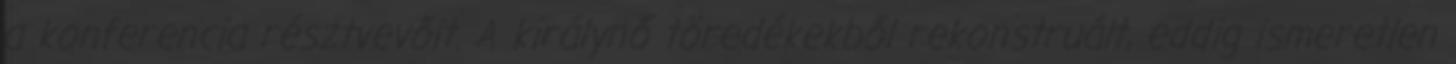
a konferencia résztvevőit. A királynő töredékekből rekonstruált, eddig ismeretlen